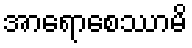
အာရောစေဿာမိ